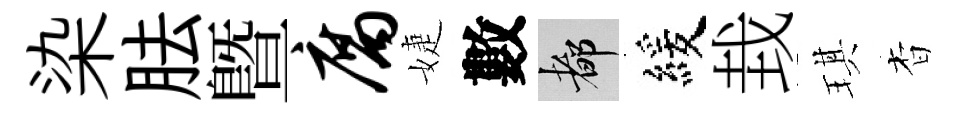
染胠暨腐婕數都緩㘽琪杳